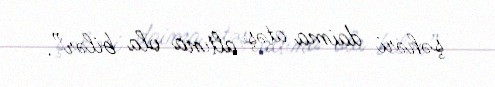
şəhəri daima atəş altına ola bilər”.